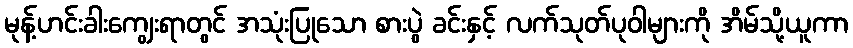
မုန့်ဟင်းခါးကျွေးရာတွင် အသုံးပြုသော စားပွဲ ခင်းနှင့် လက်သုတ်ပုဝါများကို အိမ်သို့ယူကာ